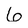
Character: 6